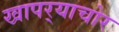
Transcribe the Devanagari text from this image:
खापर्‍याचोर